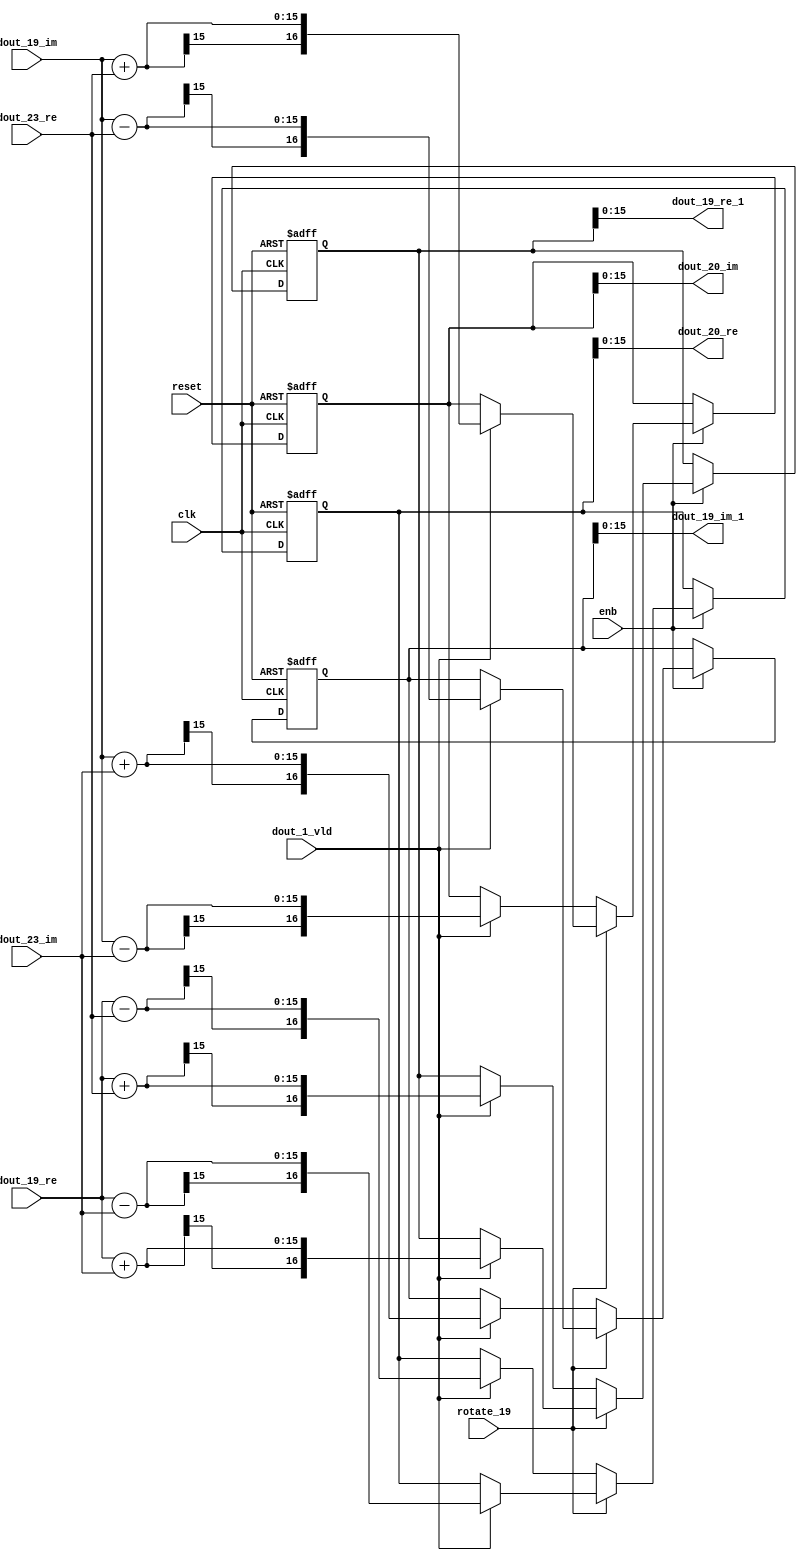
// -------------------------------------------------------------
// 
// 
// Generated by MATLAB 9.14 and HDL Coder 4.1
// 
// -------------------------------------------------------------


// -------------------------------------------------------------
// 
// Module: RADIX22FFT_SDNF2_4_block8
// Source Path: RSP/RSP/Velocity Processor/Doppler Processing/Doppler Processor/FFT/RADIX22FFT_SDNF2_4
// Hierarchy Level: 5
// 
// -------------------------------------------------------------

`timescale 1 ns / 1 ns

module RADIX22FFT_SDNF2_4_block8
          (clk,
           reset,
           enb,
           rotate_19,
           dout_19_re,
           dout_19_im,
           dout_23_re,
           dout_23_im,
           dout_1_vld,
           dout_19_re_1,
           dout_19_im_1,
           dout_20_re,
           dout_20_im);


  input   clk;
  input   reset;
  input   enb;
  input   rotate_19;  // ufix1
  input   signed [14:0] dout_19_re;  // sfix15_En10
  input   signed [14:0] dout_19_im;  // sfix15_En10
  input   signed [14:0] dout_23_re;  // sfix15_En10
  input   signed [14:0] dout_23_im;  // sfix15_En10
  input   dout_1_vld;
  output  signed [15:0] dout_19_re_1;  // sfix16_En10
  output  signed [15:0] dout_19_im_1;  // sfix16_En10
  output  signed [15:0] dout_20_re;  // sfix16_En10
  output  signed [15:0] dout_20_im;  // sfix16_En10


  wire signed [15:0] din1_re;  // sfix16_En10
  wire signed [15:0] din1_im;  // sfix16_En10
  wire signed [15:0] din2_re;  // sfix16_En10
  wire signed [15:0] din2_im;  // sfix16_En10
  reg  Radix22ButterflyG2_NF_din_vld_dly;
  reg signed [16:0] Radix22ButterflyG2_NF_btf1_re_reg;  // sfix17
  reg signed [16:0] Radix22ButterflyG2_NF_btf1_im_reg;  // sfix17
  reg signed [16:0] Radix22ButterflyG2_NF_btf2_re_reg;  // sfix17
  reg signed [16:0] Radix22ButterflyG2_NF_btf2_im_reg;  // sfix17
  reg  Radix22ButterflyG2_NF_din_vld_dly_next;
  reg signed [16:0] Radix22ButterflyG2_NF_btf1_re_reg_next;  // sfix17_En10
  reg signed [16:0] Radix22ButterflyG2_NF_btf1_im_reg_next;  // sfix17_En10
  reg signed [16:0] Radix22ButterflyG2_NF_btf2_re_reg_next;  // sfix17_En10
  reg signed [16:0] Radix22ButterflyG2_NF_btf2_im_reg_next;  // sfix17_En10
  reg signed [15:0] dout_19_re_2;  // sfix16_En10
  reg signed [15:0] dout_19_im_2;  // sfix16_En10
  reg signed [15:0] dout_20_re_1;  // sfix16_En10
  reg signed [15:0] dout_20_im_1;  // sfix16_En10
  reg  dout_4_vld;
  reg signed [16:0] Radix22ButterflyG2_NF_add_cast;  // sfix17_En10
  reg signed [16:0] Radix22ButterflyG2_NF_add_cast_0;  // sfix17_En10
  reg signed [16:0] Radix22ButterflyG2_NF_add_cast_1;  // sfix17_En10
  reg signed [16:0] Radix22ButterflyG2_NF_add_cast_2;  // sfix17_En10
  reg signed [16:0] Radix22ButterflyG2_NF_sub_cast;  // sfix17_En10
  reg signed [16:0] Radix22ButterflyG2_NF_sub_cast_0;  // sfix17_En10
  reg signed [16:0] Radix22ButterflyG2_NF_sub_cast_1;  // sfix17_En10
  reg signed [16:0] Radix22ButterflyG2_NF_sub_cast_2;  // sfix17_En10
  reg signed [16:0] Radix22ButterflyG2_NF_add_cast_3;  // sfix17_En10
  reg signed [16:0] Radix22ButterflyG2_NF_add_cast_4;  // sfix17_En10
  reg signed [16:0] Radix22ButterflyG2_NF_add_cast_5;  // sfix17_En10
  reg signed [16:0] Radix22ButterflyG2_NF_add_cast_6;  // sfix17_En10
  reg signed [16:0] Radix22ButterflyG2_NF_sub_cast_3;  // sfix17_En10
  reg signed [16:0] Radix22ButterflyG2_NF_sub_cast_4;  // sfix17_En10
  reg signed [16:0] Radix22ButterflyG2_NF_sub_cast_5;  // sfix17_En10
  reg signed [16:0] Radix22ButterflyG2_NF_sub_cast_6;  // sfix17_En10


  assign din1_re = {dout_19_re[14], dout_19_re};



  assign din1_im = {dout_19_im[14], dout_19_im};



  assign din2_re = {dout_23_re[14], dout_23_re};



  assign din2_im = {dout_23_im[14], dout_23_im};



  // Radix22ButterflyG2_NF
  always @(posedge clk or posedge reset)
    begin : Radix22ButterflyG2_NF_process
      if (reset == 1'b1) begin
        Radix22ButterflyG2_NF_din_vld_dly <= 1'b0;
        Radix22ButterflyG2_NF_btf1_re_reg <= 17'sb00000000000000000;
        Radix22ButterflyG2_NF_btf1_im_reg <= 17'sb00000000000000000;
        Radix22ButterflyG2_NF_btf2_re_reg <= 17'sb00000000000000000;
        Radix22ButterflyG2_NF_btf2_im_reg <= 17'sb00000000000000000;
      end
      else begin
        if (enb) begin
          Radix22ButterflyG2_NF_din_vld_dly <= Radix22ButterflyG2_NF_din_vld_dly_next;
          Radix22ButterflyG2_NF_btf1_re_reg <= Radix22ButterflyG2_NF_btf1_re_reg_next;
          Radix22ButterflyG2_NF_btf1_im_reg <= Radix22ButterflyG2_NF_btf1_im_reg_next;
          Radix22ButterflyG2_NF_btf2_re_reg <= Radix22ButterflyG2_NF_btf2_re_reg_next;
          Radix22ButterflyG2_NF_btf2_im_reg <= Radix22ButterflyG2_NF_btf2_im_reg_next;
        end
      end
    end

  always @(Radix22ButterflyG2_NF_btf1_im_reg, Radix22ButterflyG2_NF_btf1_re_reg,
       Radix22ButterflyG2_NF_btf2_im_reg, Radix22ButterflyG2_NF_btf2_re_reg,
       Radix22ButterflyG2_NF_din_vld_dly, din1_im, din1_re, din2_im, din2_re,
       dout_1_vld, rotate_19) begin
    Radix22ButterflyG2_NF_add_cast_1 = 17'sb00000000000000000;
    Radix22ButterflyG2_NF_add_cast_2 = 17'sb00000000000000000;
    Radix22ButterflyG2_NF_sub_cast_1 = 17'sb00000000000000000;
    Radix22ButterflyG2_NF_sub_cast_2 = 17'sb00000000000000000;
    Radix22ButterflyG2_NF_add_cast_5 = 17'sb00000000000000000;
    Radix22ButterflyG2_NF_add_cast_6 = 17'sb00000000000000000;
    Radix22ButterflyG2_NF_sub_cast_5 = 17'sb00000000000000000;
    Radix22ButterflyG2_NF_sub_cast_6 = 17'sb00000000000000000;
    Radix22ButterflyG2_NF_add_cast = 17'sb00000000000000000;
    Radix22ButterflyG2_NF_add_cast_0 = 17'sb00000000000000000;
    Radix22ButterflyG2_NF_sub_cast = 17'sb00000000000000000;
    Radix22ButterflyG2_NF_sub_cast_0 = 17'sb00000000000000000;
    Radix22ButterflyG2_NF_add_cast_3 = 17'sb00000000000000000;
    Radix22ButterflyG2_NF_add_cast_4 = 17'sb00000000000000000;
    Radix22ButterflyG2_NF_sub_cast_3 = 17'sb00000000000000000;
    Radix22ButterflyG2_NF_sub_cast_4 = 17'sb00000000000000000;
    Radix22ButterflyG2_NF_btf1_re_reg_next = Radix22ButterflyG2_NF_btf1_re_reg;
    Radix22ButterflyG2_NF_btf1_im_reg_next = Radix22ButterflyG2_NF_btf1_im_reg;
    Radix22ButterflyG2_NF_btf2_re_reg_next = Radix22ButterflyG2_NF_btf2_re_reg;
    Radix22ButterflyG2_NF_btf2_im_reg_next = Radix22ButterflyG2_NF_btf2_im_reg;
    Radix22ButterflyG2_NF_din_vld_dly_next = dout_1_vld;
    if (rotate_19 != 1'b0) begin
      if (dout_1_vld) begin
        Radix22ButterflyG2_NF_add_cast_1 = {din1_re[15], din1_re};
        Radix22ButterflyG2_NF_add_cast_2 = {din2_im[15], din2_im};
        Radix22ButterflyG2_NF_btf1_re_reg_next = Radix22ButterflyG2_NF_add_cast_1 + Radix22ButterflyG2_NF_add_cast_2;
        Radix22ButterflyG2_NF_sub_cast_1 = {din1_re[15], din1_re};
        Radix22ButterflyG2_NF_sub_cast_2 = {din2_im[15], din2_im};
        Radix22ButterflyG2_NF_btf2_re_reg_next = Radix22ButterflyG2_NF_sub_cast_1 - Radix22ButterflyG2_NF_sub_cast_2;
        Radix22ButterflyG2_NF_add_cast_5 = {din1_im[15], din1_im};
        Radix22ButterflyG2_NF_add_cast_6 = {din2_re[15], din2_re};
        Radix22ButterflyG2_NF_btf2_im_reg_next = Radix22ButterflyG2_NF_add_cast_5 + Radix22ButterflyG2_NF_add_cast_6;
        Radix22ButterflyG2_NF_sub_cast_5 = {din1_im[15], din1_im};
        Radix22ButterflyG2_NF_sub_cast_6 = {din2_re[15], din2_re};
        Radix22ButterflyG2_NF_btf1_im_reg_next = Radix22ButterflyG2_NF_sub_cast_5 - Radix22ButterflyG2_NF_sub_cast_6;
      end
    end
    else if (dout_1_vld) begin
      Radix22ButterflyG2_NF_add_cast = {din1_re[15], din1_re};
      Radix22ButterflyG2_NF_add_cast_0 = {din2_re[15], din2_re};
      Radix22ButterflyG2_NF_btf1_re_reg_next = Radix22ButterflyG2_NF_add_cast + Radix22ButterflyG2_NF_add_cast_0;
      Radix22ButterflyG2_NF_sub_cast = {din1_re[15], din1_re};
      Radix22ButterflyG2_NF_sub_cast_0 = {din2_re[15], din2_re};
      Radix22ButterflyG2_NF_btf2_re_reg_next = Radix22ButterflyG2_NF_sub_cast - Radix22ButterflyG2_NF_sub_cast_0;
      Radix22ButterflyG2_NF_add_cast_3 = {din1_im[15], din1_im};
      Radix22ButterflyG2_NF_add_cast_4 = {din2_im[15], din2_im};
      Radix22ButterflyG2_NF_btf1_im_reg_next = Radix22ButterflyG2_NF_add_cast_3 + Radix22ButterflyG2_NF_add_cast_4;
      Radix22ButterflyG2_NF_sub_cast_3 = {din1_im[15], din1_im};
      Radix22ButterflyG2_NF_sub_cast_4 = {din2_im[15], din2_im};
      Radix22ButterflyG2_NF_btf2_im_reg_next = Radix22ButterflyG2_NF_sub_cast_3 - Radix22ButterflyG2_NF_sub_cast_4;
    end
    dout_19_re_2 = Radix22ButterflyG2_NF_btf1_re_reg[15:0];
    dout_19_im_2 = Radix22ButterflyG2_NF_btf1_im_reg[15:0];
    dout_20_re_1 = Radix22ButterflyG2_NF_btf2_re_reg[15:0];
    dout_20_im_1 = Radix22ButterflyG2_NF_btf2_im_reg[15:0];
    dout_4_vld = Radix22ButterflyG2_NF_din_vld_dly;
  end



  assign dout_19_re_1 = dout_19_re_2;

  assign dout_19_im_1 = dout_19_im_2;

  assign dout_20_re = dout_20_re_1;

  assign dout_20_im = dout_20_im_1;

endmodule  // RADIX22FFT_SDNF2_4_block8